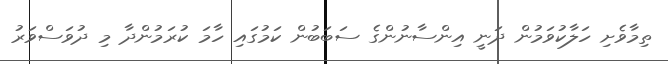
ތިމާވެށި ހަލާކުވަމުން ދަނީ އިންސާނުންގެ ސަބަބުން ކަމުގައި ހާމަ ކުރަމުންދާ މި ދުވަސްވަރު